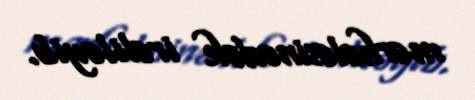
mərhələsinədək irəliləyib.